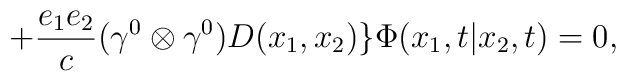
+ \frac{e_1e_2}{c} ({\gamma}^0 \otimes {\gamma}^0) D(x_1,x_2) \} {\Phi}(x_1,t|x_2,t) =0,